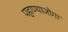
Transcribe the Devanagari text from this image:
पहाण्याजोगा